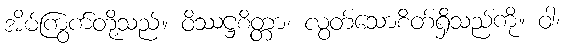
အိမ်ကြွက်တို့သည်။ ဝိဿဋ္ဌစိတ္တာ၊ လွတ်သောစိတ်ရှိသည်ကို။ ဝါ၊